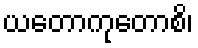
ယတောကုတောစိ၊